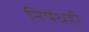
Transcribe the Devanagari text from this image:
निषेधही